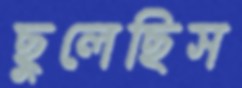
ছুলেছিস